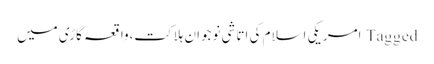
Tagged امریکی اسلام کی اتاشی نوجوان ہلاکت،واقعہ گاڑی میں